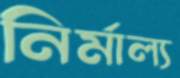
নির্মাল্য